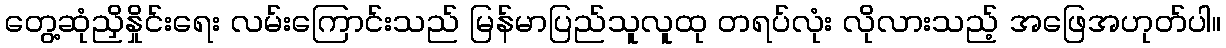
တွေ့ဆုံညှိနှိုင်းရေး လမ်းကြောင်းသည် မြန်မာပြည်သူလူထု တရပ်လုံး လိုလားသည့် အဖြေအဟုတ်ပါ။